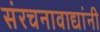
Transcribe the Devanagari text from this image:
संरचनावाद्यांनी